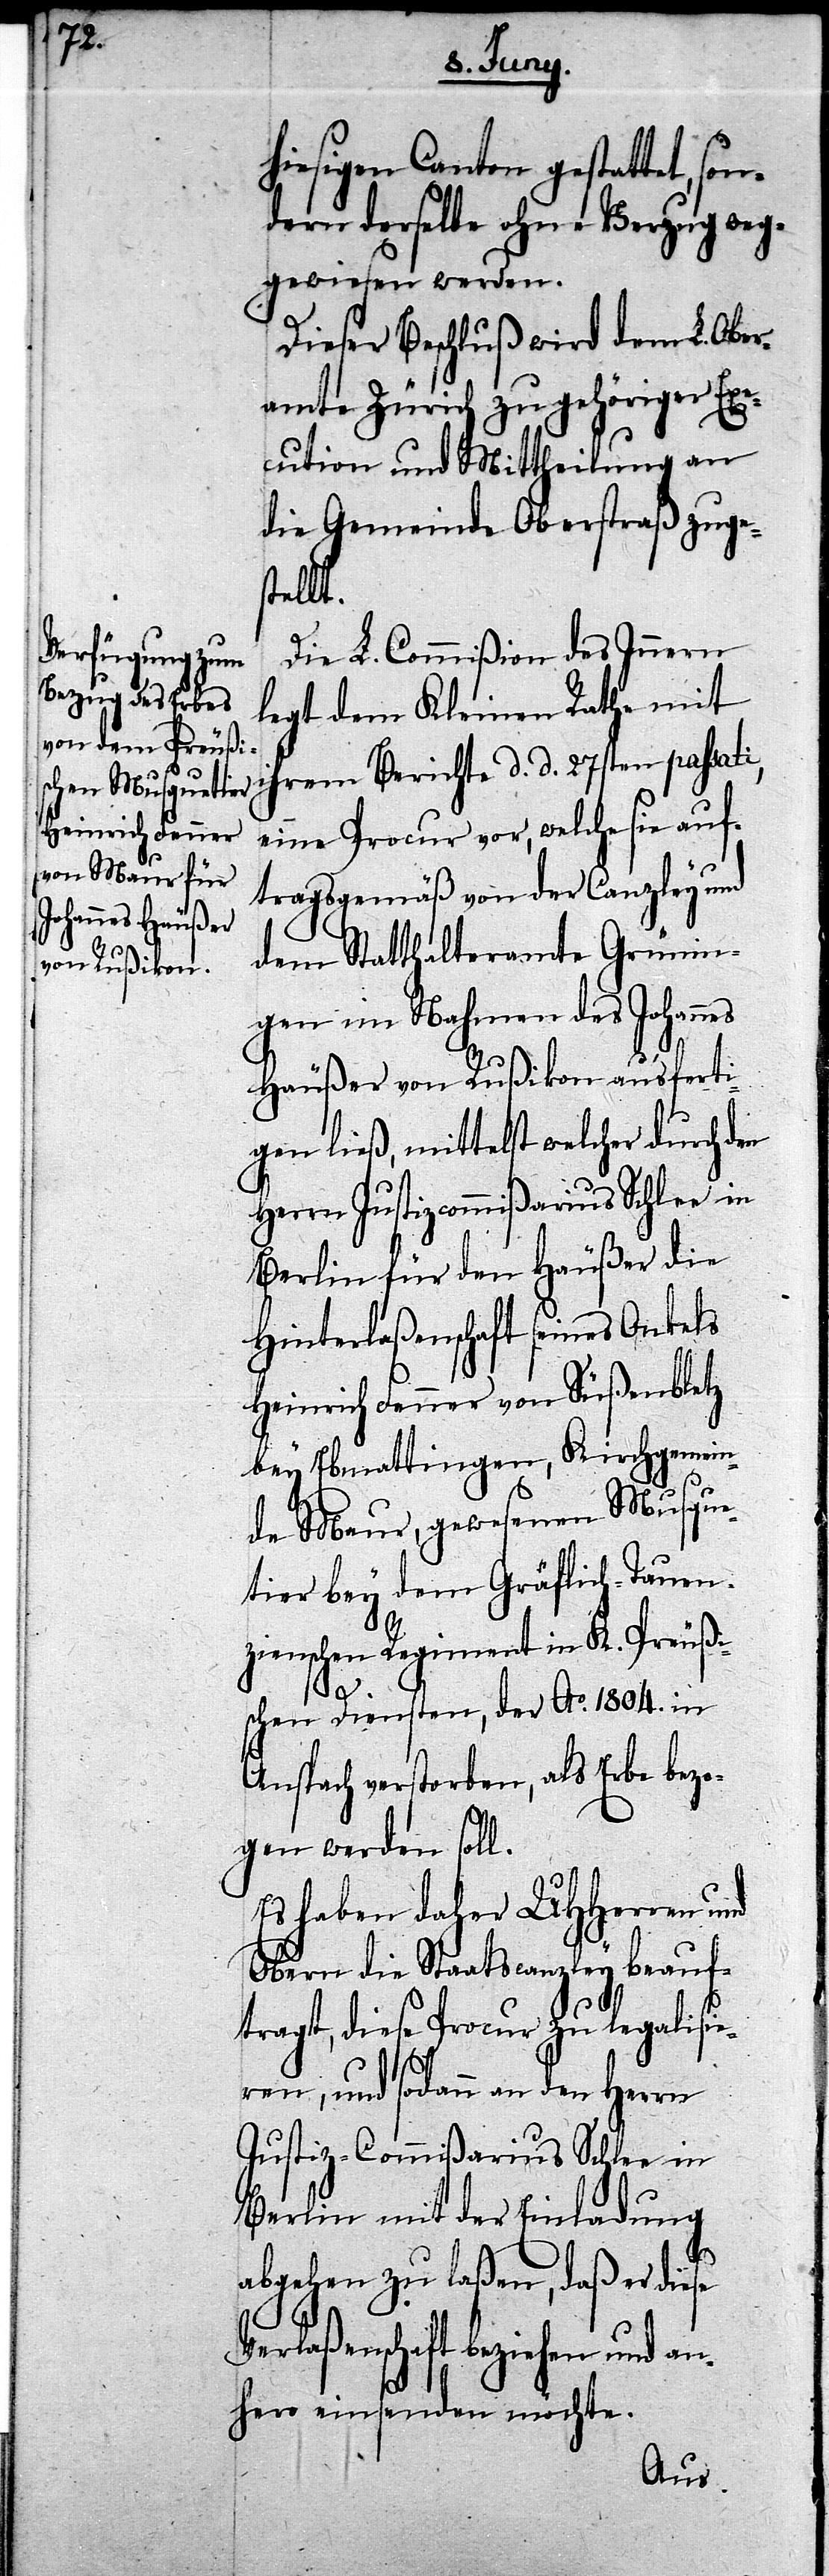
h¬

iesigen Canton gestattet,
dern derselbe ohne Verzug weg¬
gewiesen werden.
Dieser Beschluß wird dem L. Ober¬
amte Zürich zu gehöriger Exe¬
cution und Mittheilung an
die Gemeinde Oberstraß zuge¬
stellt.
Die L. Commißion des Innern
legt dem Kleinen Rathe mit
ihrem Berichte d. d. 27sten passati,
eine Procur vor, welche sie auf¬
tragsgemäß von der Canzley und
dem Statthalteramte Grünin¬
gen im Nahmen des Johannes
Häuser von Rußikon ausferti¬
gen ließ, mittelst welcher durch den
Herrn Justizcommißarius Schlee in
Berlin für den Häußer die
Hinterlaßenschaft seines Onkels
Heinrich Fenner von Süßenbletz
bey Ebmattingen, Kirchgemein¬
de Maur, gewesenen Musque¬
tier bey dem Gräflich-Tauen¬
zienschen Regiment in K. Preußi¬
son¬
schen Diensten, der Ao. 1804. in
Anstach verstorben, als Erbe bezo¬
gen werden soll.
Es haben daher UHHerren und
Obern die Staatscanzley beauf¬
tragt, diese Procur zu legalisie¬
ren, und sodann an den Herrn
Justiz-Commißarius Schlee in
Berlin mit der Einladung
abgehen zu laßen, daß er diese
Verlaßenschaft beziehen und a¬
nhero einsenden möchte.